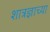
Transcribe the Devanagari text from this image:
शात्रज्ञाच्या